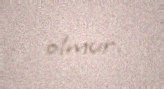
olmur.